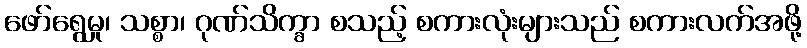
ဖော်ရွေမှု၊ သစ္စာ၊ ဂုဏ်သိက္ခာ စသည့် စကားလုံးများသည် စကားလက်အဖို့